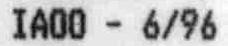
IA00 - 6/96